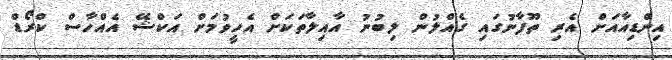
އިންޑިއާއަށް އެރިި ތޫފާނުގައިި ގެއްލުން ލިބުނު އާއިލާތަކަށް އެހީވުމަށް އަކްޝޭ އެއްހާސް ކްރޯޑް